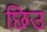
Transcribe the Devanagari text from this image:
छिउ